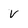
Character: v